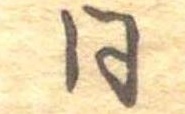
同